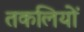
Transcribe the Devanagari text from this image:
तकलियों